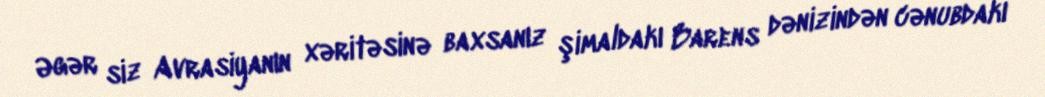
Əgər siz Avrasiyanın xəritəsinə baxsanız şimaldakı Barens dənizindən cənubdakı